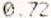
0.72